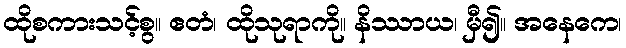
ထိုစကားသင့်စွ။ ဧတံ၊ ထိုသုရာကို။ နိဿာယ၊ မှီ၍။ အနေကေ၊